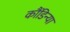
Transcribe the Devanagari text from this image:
कौंडिन्या